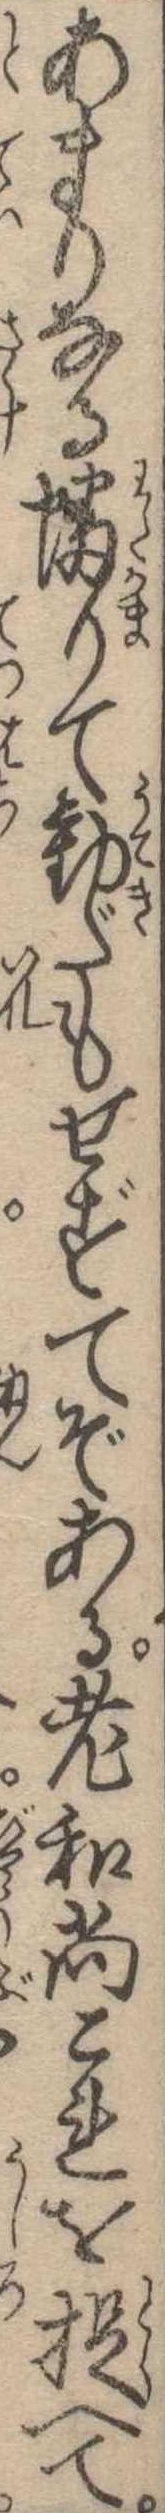
あまりなる蟠りて動だもせずてぞある老和尚これを捉へて